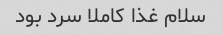
سلام غذا کاملا سرد بود